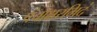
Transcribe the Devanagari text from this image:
पंचाक्षरमिदं